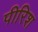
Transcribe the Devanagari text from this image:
पीरिश